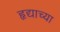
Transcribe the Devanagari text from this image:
हृद्याच्या